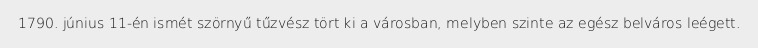
1790. június 11-én ismét szörnyű tűzvész tört ki a városban, melyben szinte az egész belváros leégett.